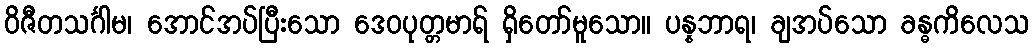
ဝိဇီတသင်္ဂါမ၊ အောင်အပ်ပြီးသော ဒေဝပုတ္တမာရ် ရှိတော်မူသော။ ပန္နဘာရ၊ ချအပ်သော ခန္ဓကိလေသ